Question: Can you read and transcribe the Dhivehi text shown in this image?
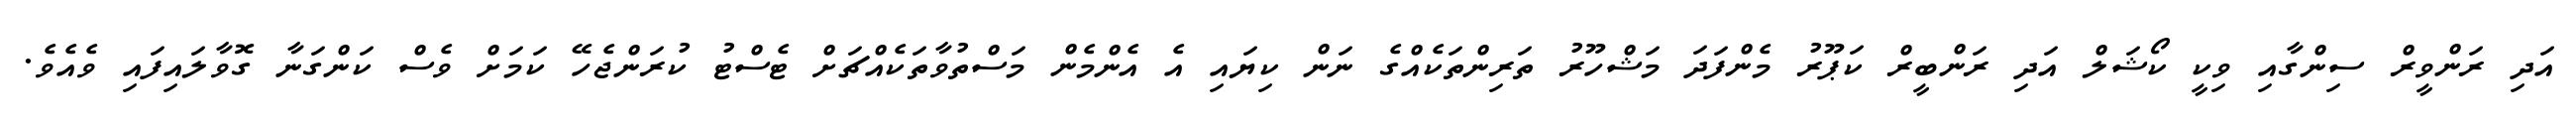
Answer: އަދި ރަންވީރް ސިންގާއި ވިކީ ކޯޝަލް އަދި ރަންބީރް ކަޕޫރު މެންފަދަ މަޝްހޫރު ތަރިންތަކެއްގެ ނަން ކިޔައި އެ އެންމެން މަސްތުވާތަކެއްޗަށް ޓެސްޓު ކުރަންޖެހޭ ކަމަށް ވެސް ކަންގަނާ ގޮވާލައިފައި ވެއެވެ.